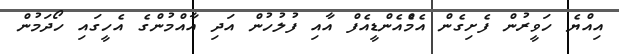
އިއްޔެ ހަވީރުން ފެށިގެން އެމްެއެންޑީއެފް އާއި ފުލުހުން އަދި އާއްމުންގެ އެހީގައި ހޯދަމުން